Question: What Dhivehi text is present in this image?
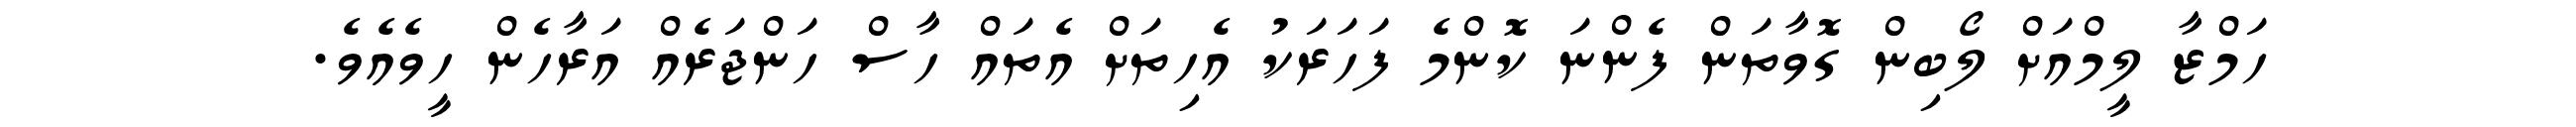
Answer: ހަމްޒާ ލީމްއަށް ލޯބިން ގޮވާތަން ފެންނަ ކޮންމެ ފަހަރަކު އެހިތަށް އެތައް ހާސް ހަންޖަރެއް އަރާހެން ހީވެއެވެ.